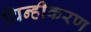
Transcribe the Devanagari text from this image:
चिन्हीकरण